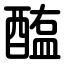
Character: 醢